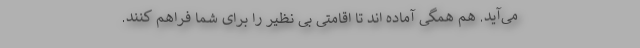
می‌آید. هم همگی آماده اند تا اقامتی بی نظیر را برای شما فراهم کنند.